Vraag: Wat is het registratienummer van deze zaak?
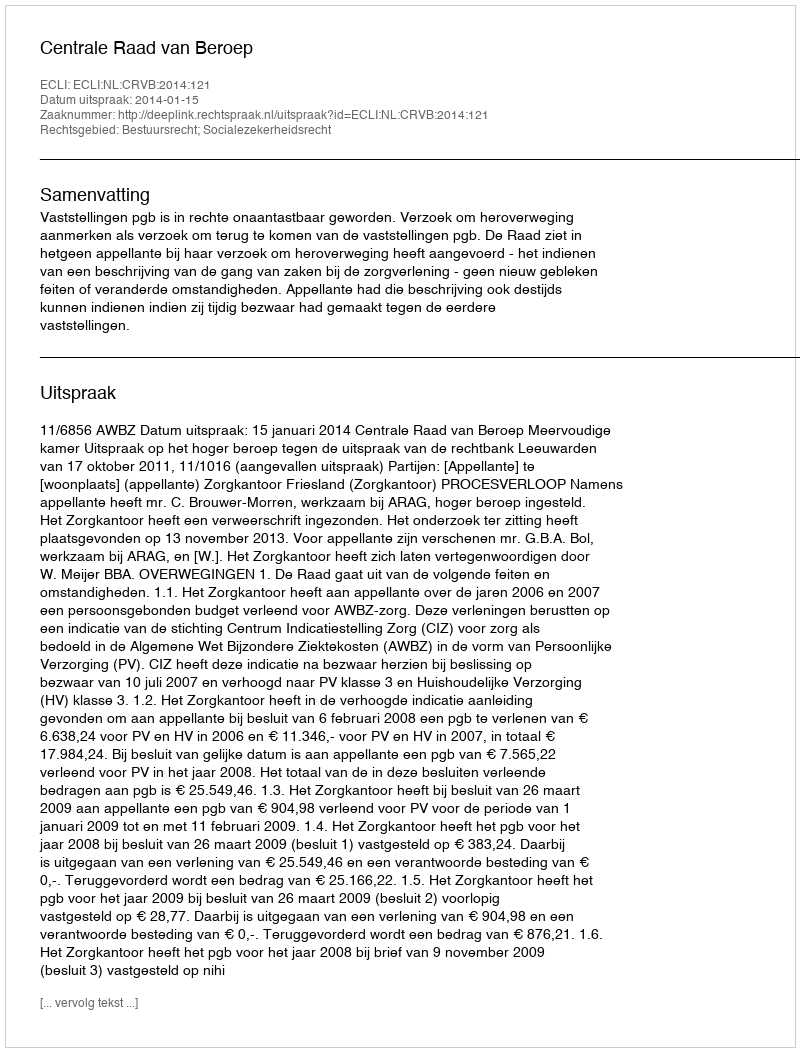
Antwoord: http://deeplink.rechtspraak.nl/uitspraak?id=ECLI:NL:CRVB:2014:121